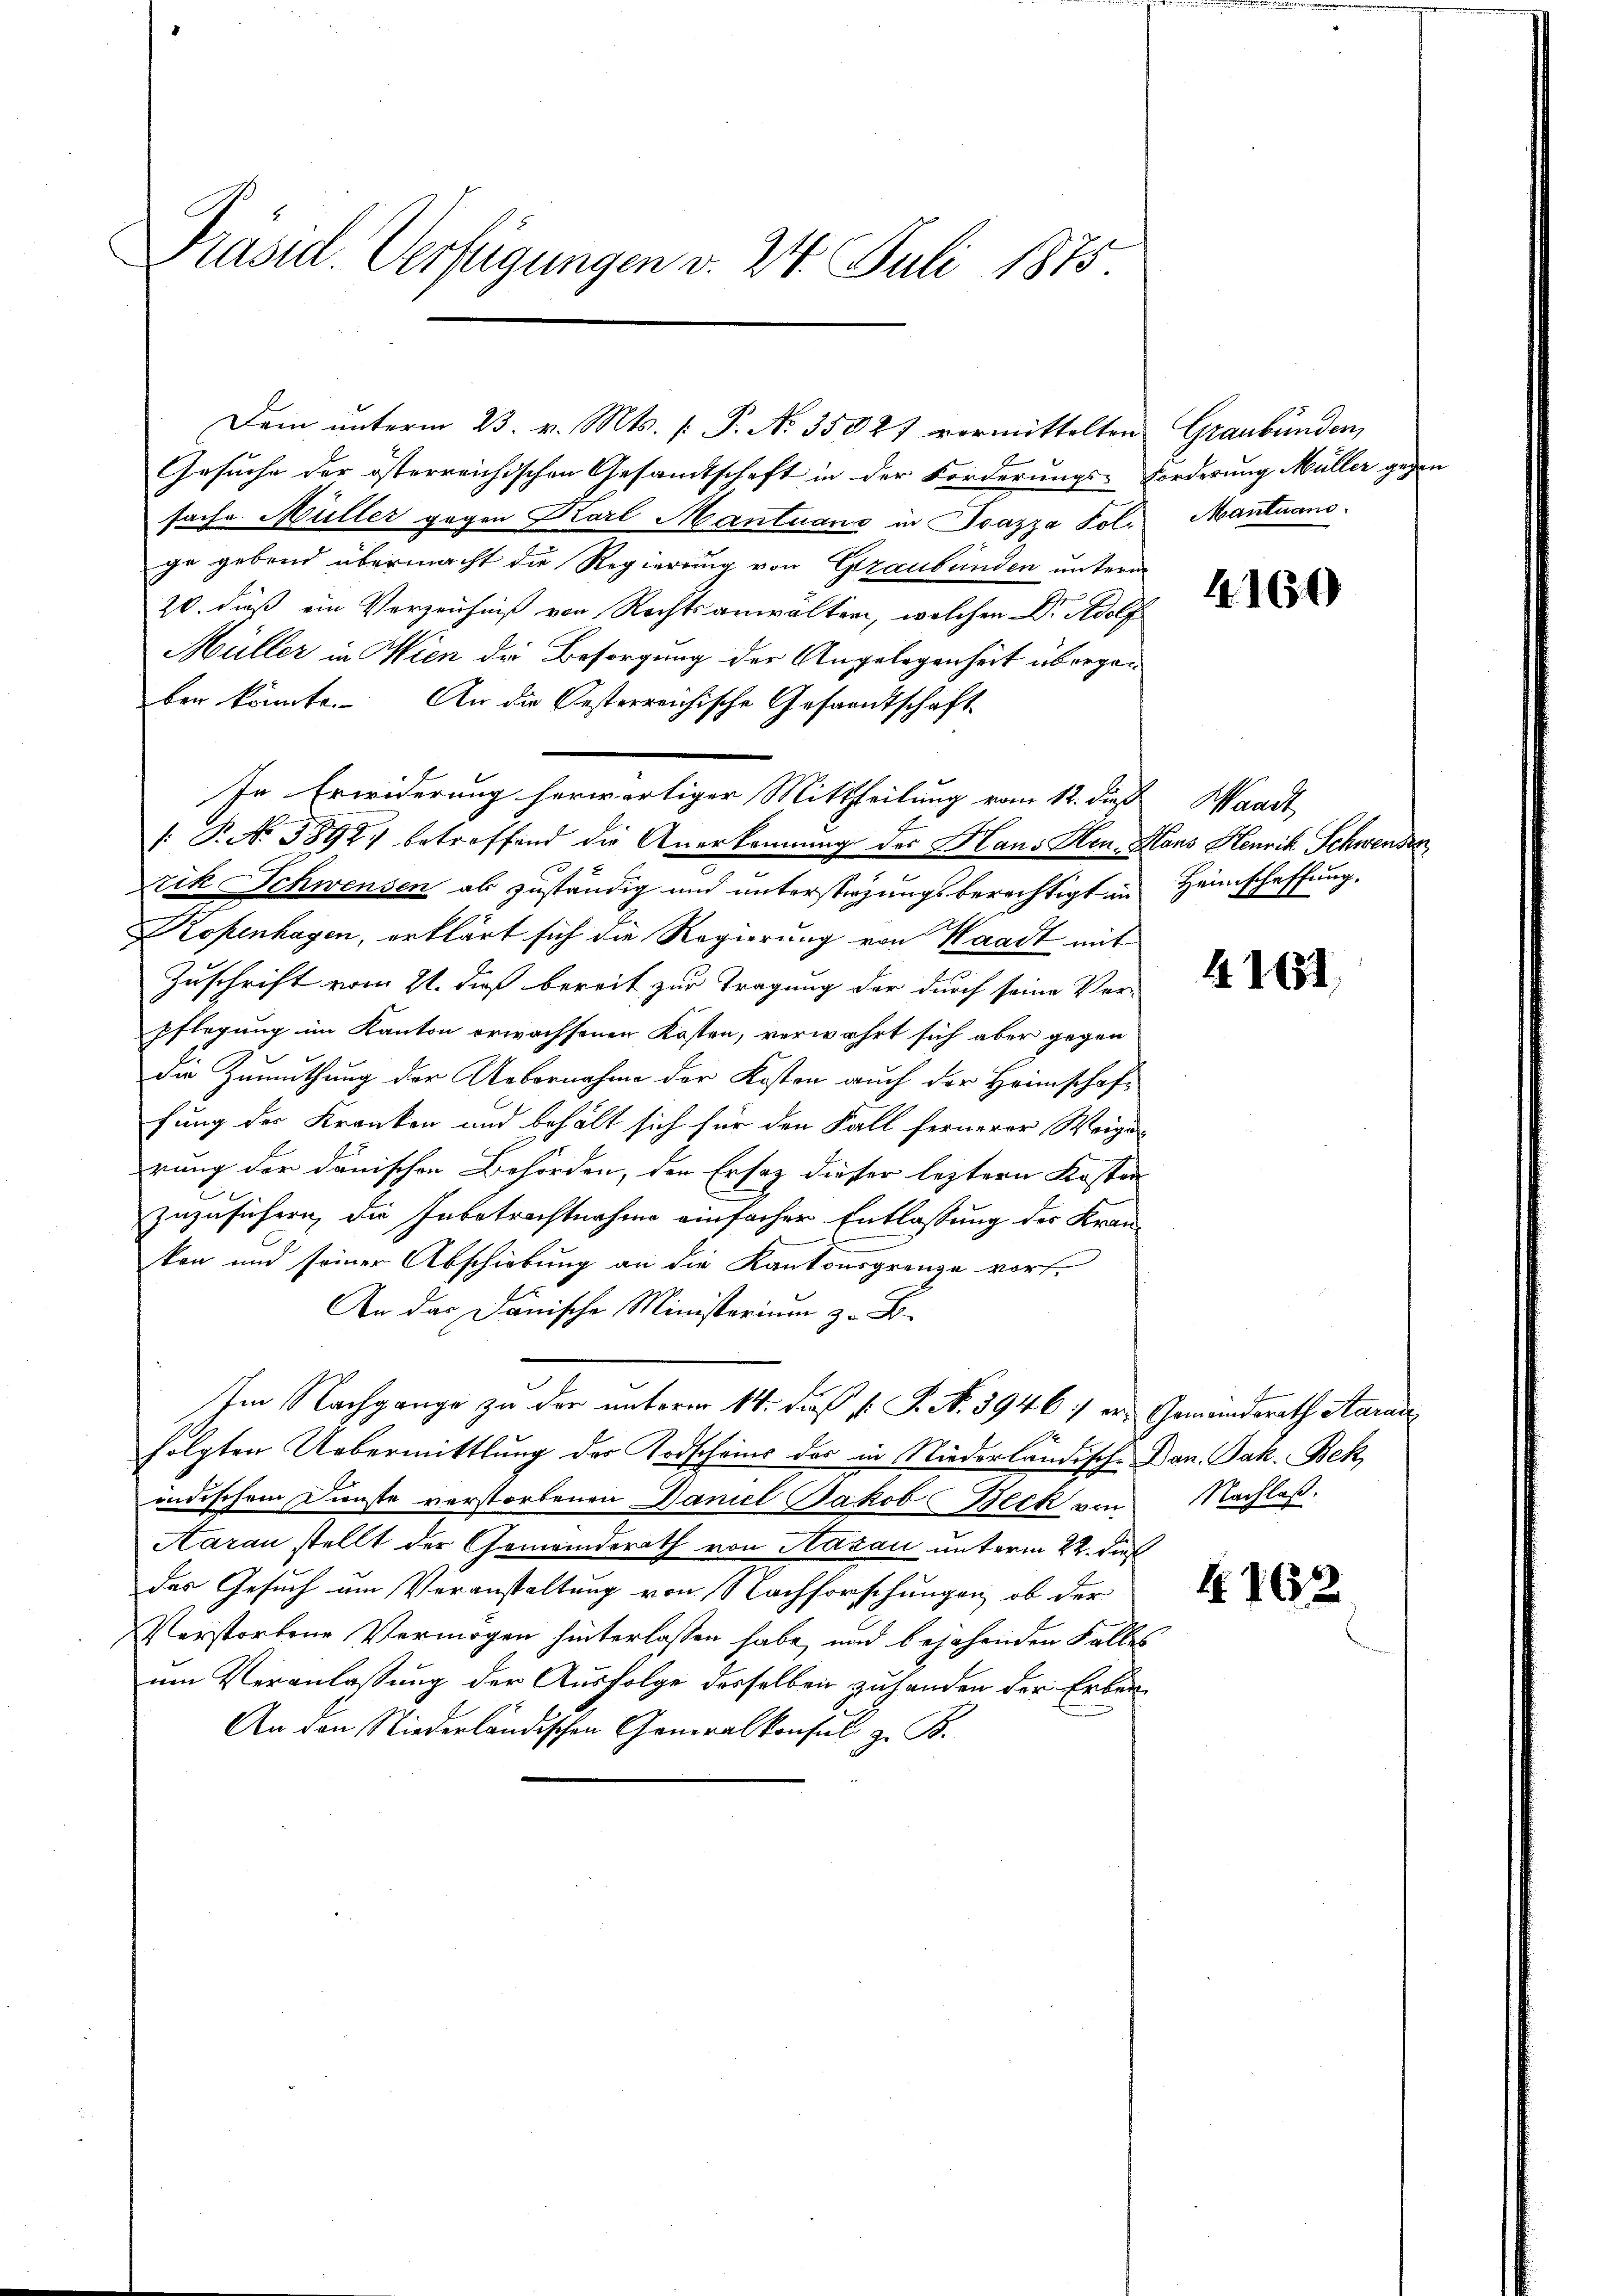
Präsid. Verfügungen v. 24. Juli 1875

Gesuche der österreichischen Gesamtschaft in der Forderungs-Forderung Müller gegen
sache Müller gegen Karl Mantuanz in Pazza Fol. Mantuano.
ge gebend übermacht die Regierung von Graubünden unterm
20. dieß ein Verzeichniß von Rechtsanwälter, welchen Dr. Adolf
Müller in Wien der Besorgung der Angelegenheit übergeben könnte. An die Oesterreichische Gesandtschaft
In Erwiderung herwärtiger Mittheilung vom 12. das Waadt
. P. Nr. 3892 betreffend die Anerkennung der Hans Hrn. Hans Henrik Schwenden
Nik Schwensen als zuständig und unterstürzungsberechtigt in Heimschaffung.
Ropenhagen, erklärt sich die Regierung von Waadt mit
Zuschrift vom 21. dieß bereit zur Tragung der durch seine Ver-
pflegung im Kanton erwachsenen Kosten, verwahrt sich aber gegen
die Zumuthung der Uebernahme der Kosten auch der Heimschaffung der Kranken und behält sich für den Fall fernerer Weige
rung der danischen Behörden, den Ersatz dieser leztern Kosten
zuzusichern, die Inbetrachtnahme einfacher Entlassung der Kran
kon und seiner Abschiebung an die Kantonsgrenze vorf.
An das Danische Ministerium z. B.
Im Nachgange zu der unterm 14. des p. P. N. 3946: er Gemeinderath Aarau
folgten Uebermittlung des Todscheins des in Niederländische Dan. Jak. Bek
indischem Dienste verstorbenen Daniel Jakob Beck von Nachlaß.
Aarau stellt der Gemeinderath von Hasau unterm 22. dieß
das Gesuch um Veranstaltung von Nachforschungen, ob der
Verstorbene Vermögen hinterlassen habe, und bejahenden Falles
um Veranlassung der Ausfolge derselben zuhanden der Erben¬
An den Niederländischen Generalkonsul z. B.

Dein unterm 23. v. Mts. [ P. No. 35027 vormittelten Graubünden,

4164

4161

4702